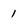
Character: 1